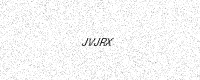
Text: JVJRX